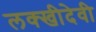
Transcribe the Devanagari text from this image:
लक्खीदेवी